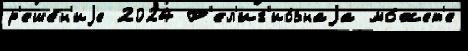
р'еше́н'иjе 2024 Р'ел'иг'ио́знаjа мо́жет'е